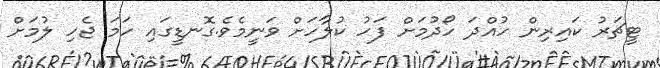
ޓީޗަރު ކައިރިން ހުއްދަ ހޯދުމަށް ފަހު ކުލާހަށް ވަނީމެވެ.ގޮނޑީގައި ހަމަ ޖެހި ލުމަށް